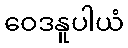
ဝေဒနူပါယံ